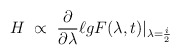
\begin{align*}H\ \propto \; \frac{\partial}{\partial \lambda} \ell g F(\lambda,t)|_{\lambda = \frac{i}{2}}\end{align*}